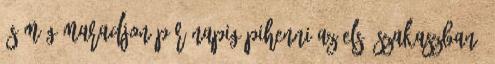
és még maradjon pár napig pihenni az első szakaszban?